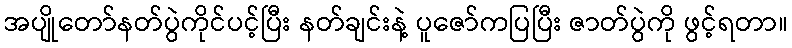
အပျိုတော်နတ်ပွဲကိုင်ပင့်ပြီး နတ်ချင်းနဲ့ ပူဇော်ကပြပြီး ဇာတ်ပွဲကို ဖွင့်ရတာ။